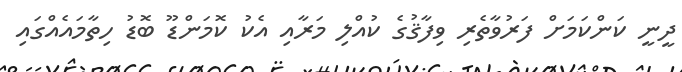
ދީނީ ކަންކަމަށް ފަރުވާތެރި ވިފާޤުގެ ކުއްލި މަރާއި އެކު ކޮމަންޑޫ ބޮޑު ހިތާމައެއްގައި